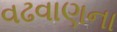
વઢવાણના